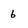
Character: 6